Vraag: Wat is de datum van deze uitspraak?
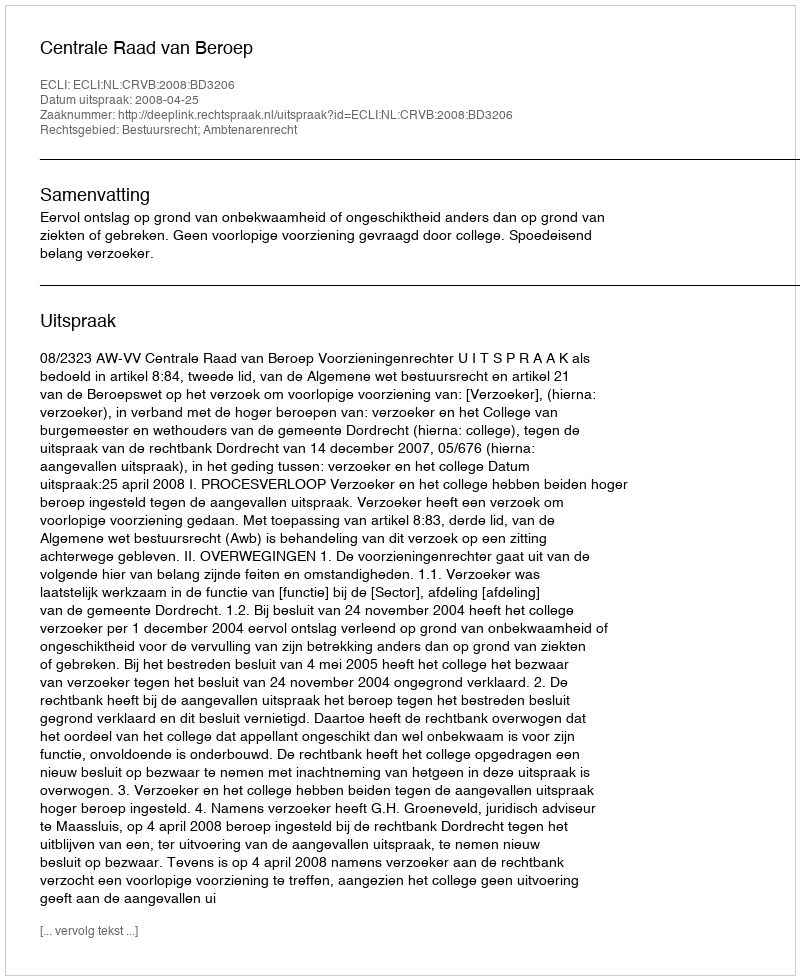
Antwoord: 2008-04-25